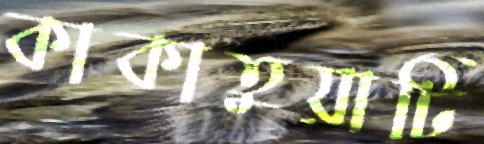
কাকাতুয়াটি